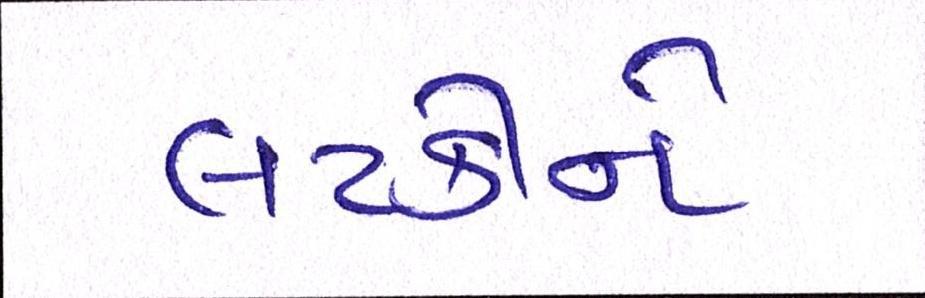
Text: લટકીને